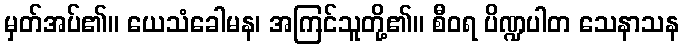
မှတ်အပ်၏။ ယေသံခေါမန၊ အကြင်သူတို့၏။ စီဝရ ပိဏ္ဍပါတ သေနာသန